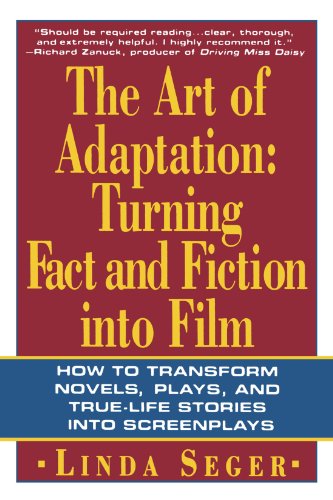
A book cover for The Art of Adaptation: Turning Fact And Fiction Into Film (Owl Books); Linda Seger; Humor & Entertainment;